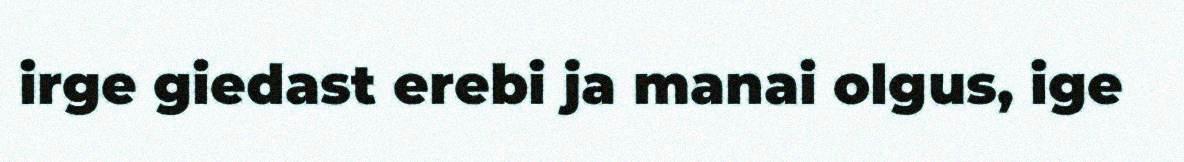
irge giedast erebi ja manai olgus, ige